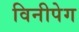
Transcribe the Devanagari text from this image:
विनीपेग